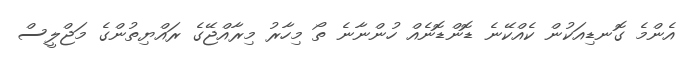
އެންމެ ގޮނޑިއަކުން ކެއްކޭނެ ޑޮންޑޮނެއް ހުންނާނެ ތޯ މިހާރު މިރާއްޖޭގެ ރައްޔިތުންގެ މަޖްލީސް